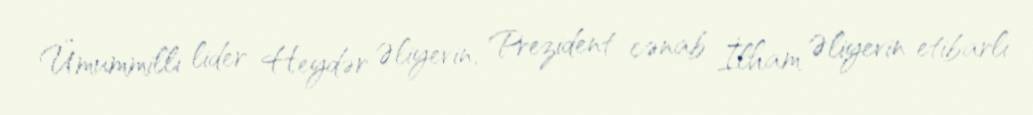
Ümummilli lider Heydər Əliyevin, Prezident cənab İlham Əliyevin etibarlı